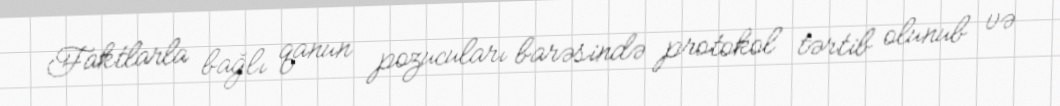
Faktlarla bağlı qanun pozucuları barəsində protokol tərtib olunub və